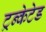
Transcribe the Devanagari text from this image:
ट्रन्केटेड